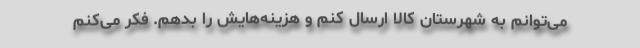
می‌توانم به شهرستان کالا ارسال کنم و هزینه‌هایش را بدهم. فکر می‌کنم